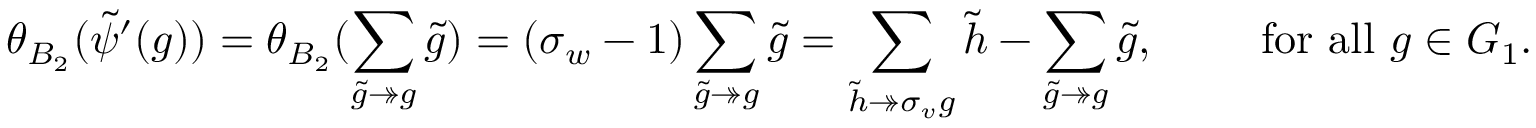
\theta _ { B _ { 2 } } ( \Tilde { \psi } ^ { \prime } ( g ) ) = \theta _ { B _ { 2 } } ( \sum _ { \Tilde { g } \twoheadrightarrow g } \Tilde { g } ) = ( \sigma _ { w } - 1 ) \sum _ { \Tilde { g } \twoheadrightarrow g } \Tilde { g } = \sum _ { \Tilde { h } \twoheadrightarrow \sigma _ { v } g } \Tilde { h } - \sum _ { \Tilde { g } \twoheadrightarrow g } \Tilde { g } , \qquad \mathrm { ~ f o r ~ a l l ~ } g \in G _ { 1 } .